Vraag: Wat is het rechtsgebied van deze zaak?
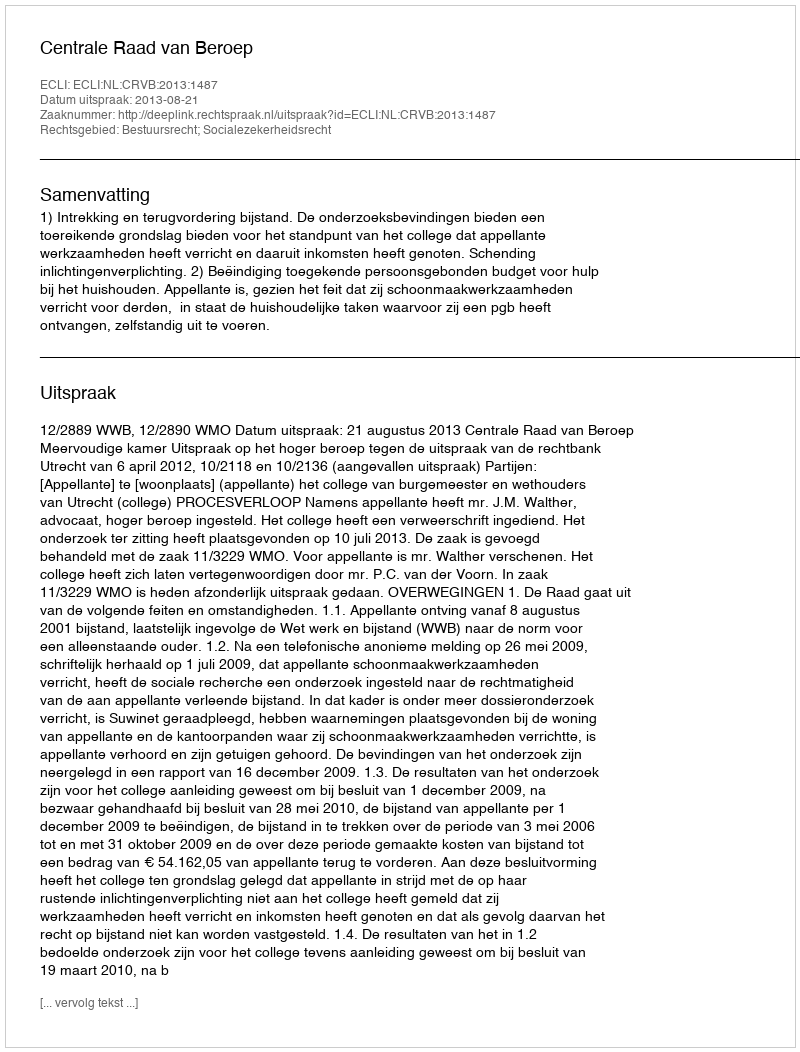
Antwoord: Bestuursrecht; Socialezekerheidsrecht